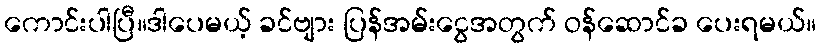
ကောင်းပါပြီ။ဒါပေမယ့် ခင်ဗျား ပြန်အမ်းငွေအတွက် ဝန်ဆောင်ခ ပေးရမယ်။